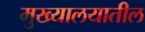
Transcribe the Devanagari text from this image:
मुख्यालयातील